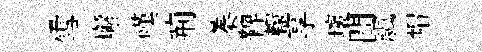
雪嶰嘆荊蓁鞞轘享壞間颿帽